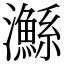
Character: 𤄏